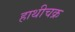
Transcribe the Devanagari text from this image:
हाथीचक्र